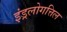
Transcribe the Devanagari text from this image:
इंड्रलोगत्तिल